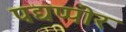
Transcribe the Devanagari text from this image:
पद्यप्पोर